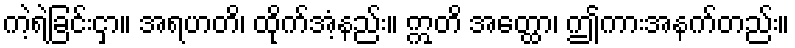
ကဲ့ရဲ့ခြင်းငှာ။ အရဟတိ၊ ထိုက်အံ့နည်း။ ဣတိ အတ္ထော၊ ဤကားအနက်တည်း။